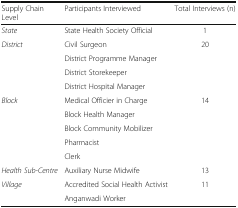
<table><thead><tr><td><b>Supply Chain Level</b></td><td><b>Participants Interviewed</b></td><td><b>Total Interviews (n)</b></td></tr></thead><tbody><tr><td><i>State</i></td><td>State Health Society Official</td><td>1</td></tr><tr><td rowspan="4"><i>District</i></td><td>Civil Surgeon</td><td rowspan="4">20</td></tr><tr><td>District Programme Manager</td></tr><tr><td>District Storekeeper</td></tr><tr><td>District Hospital Manager</td></tr><tr><td rowspan="5"><i>Block</i></td><td>Medical Officier in Charge</td><td rowspan="5">14</td></tr><tr><td>Block Health Manager</td></tr><tr><td>Block Community Mobilizer</td></tr><tr><td>Pharmacist</td></tr><tr><td>Clerk</td></tr><tr><td><i>Health Sub-Centre</i></td><td>Auxiliary Nurse Midwife</td><td>13</td></tr><tr><td rowspan="2"><i>Village</i></td><td>Accredited Social Health Activist</td><td rowspan="2">11</td></tr><tr><td>Anganwadi Worker</td></tr></tbody></table>